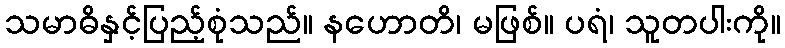
သမာဓိနှင့်ပြည့်စုံသည်။ နဟောတိ၊ မဖြစ်။ ပရံ၊ သူတပါးကို။